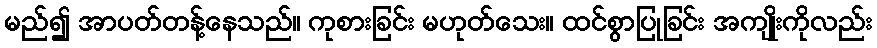
မည်၍ အာပတ်တန့်နေသည်။ ကုစားခြင်း မဟုတ်သေး။ ထင်စွာပြုခြင်း အကျိုးကိုလည်း